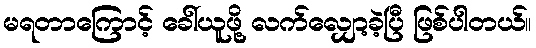
မရတာကြောင့် ခေါ်ယူဖို့ လက်လျှော့ခဲ့ပြီ ဖြစ်ပါတယ်။